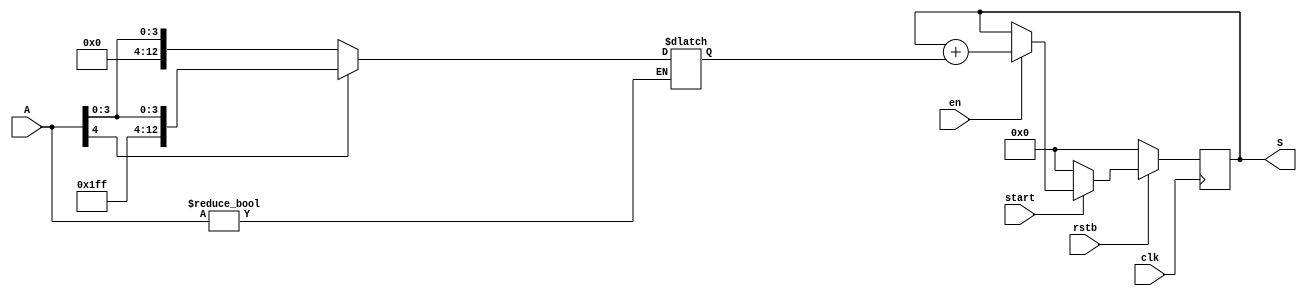
module accumulator (
  start,
  en,
  clk,
  rstb,
  A,
  S
);

parameter WEIGHT_WIDTH=5;
parameter DIMENSION = 128;
parameter ADDR_WIDTH = 7;

// implement a 13-bit accummulator with enable, output the sum with a flag of DONE for further adding 
input start;
input en;   // data gating from axon_in
input clk;
input rstb;
input [WEIGHT_WIDTH-1:0] A;
output reg [WEIGHT_WIDTH+ADDR_WIDTH:0] S;

//CKLNQD4BWP30P140 ICG_accum (.TE(1'b0), .E(sel), .CP(clk), .Q(clk_out)); 

`ifndef ACCUM_BB
reg [WEIGHT_WIDTH+ADDR_WIDTH:0] A_pad;

//This is probably justa holder for the weighted value
always@*
 begin
  if (A!=0)
     begin
       case (A[WEIGHT_WIDTH-1])
            2'b0: A_pad <= {{{ADDR_WIDTH+1}{1'b0}},A}; //Why 2 bits 0?  
            2'b1: A_pad <= {{{ADDR_WIDTH+1}{1'b1}},A};
       endcase
     end
 end


//If enable, then add the weighted value to the sum
always@(posedge clk)
  begin
    if (!rstb)
      S <= 13'b0;
    else if (start)
      begin
        if (en)
           begin
               S <= S + A_pad;
               $display("Hi");
           end
        else 
           S <= S;
      end
    else
      S <= 13'b0;
  end


`endif       
endmodule